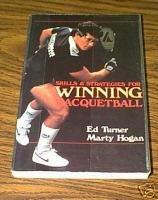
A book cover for Skills and Strategies for Winning Racquetball; Ed Turner; Sports & Outdoors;